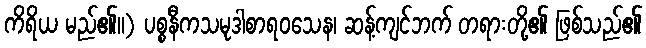
ကိရိယ မည်၏။) ပစ္စနီကသမုဒါစာရဝသေန၊ ဆန့်ကျင်ဘက် တရားတို့၏ ဖြစ်သည်၏